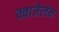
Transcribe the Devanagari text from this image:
क्वाजैलेन